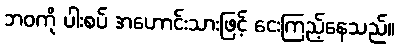
ဘဝကို ပါးစပ် အဟောင်းသားဖြင့် ငေးကြည့်နေသည်။